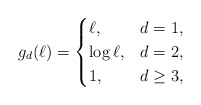
\begin{align*}g_d (\ell) = \begin{cases}\ell, &d=1,\\\log \ell, &d=2,\\1, &d \geq 3,\end{cases}\end{align*}